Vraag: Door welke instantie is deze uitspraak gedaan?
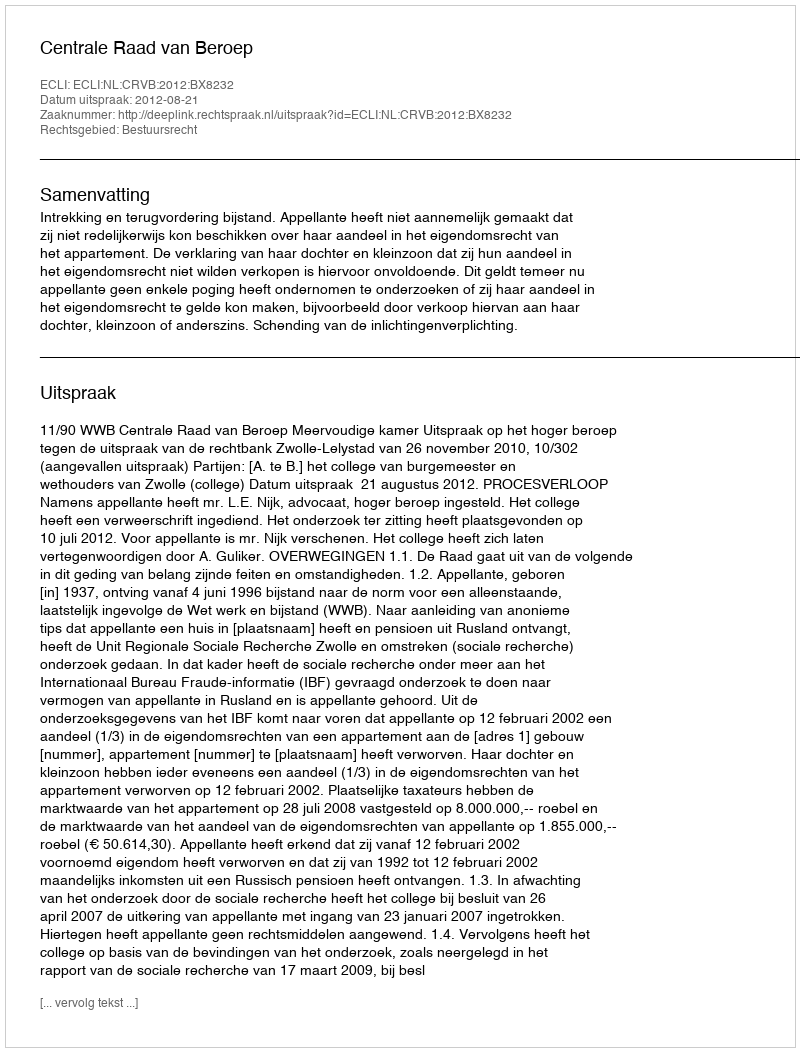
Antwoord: Centrale Raad van Beroep